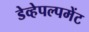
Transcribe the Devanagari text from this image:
डेव्हेपल्पमेंट